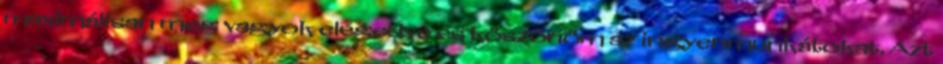
maximálisan meg vagyok elégedve és köszönöm az ingyenmunkátokat. Azt